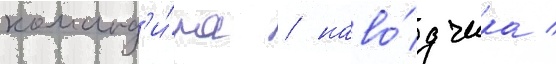
команд'и́ра / наво́дчика /